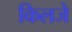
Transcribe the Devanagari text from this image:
किलजे